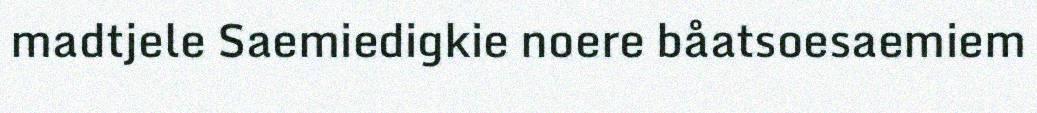
madtjele Saemiedigkie noere båatsoesaemiem